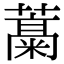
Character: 𬞹